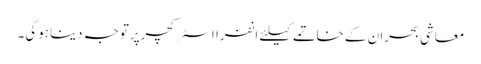
معاشی بحران کے خاتمے کیلئے انفرا اسٹرکچرپرتوجہ دیناہوگی۔